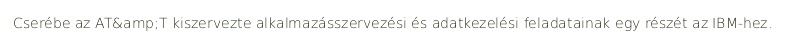
Cserébe az AT&amp;T kiszervezte alkalmazásszervezési és adatkezelési feladatainak egy részét az IBM-hez.